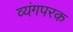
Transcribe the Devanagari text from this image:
व्यंगपरक